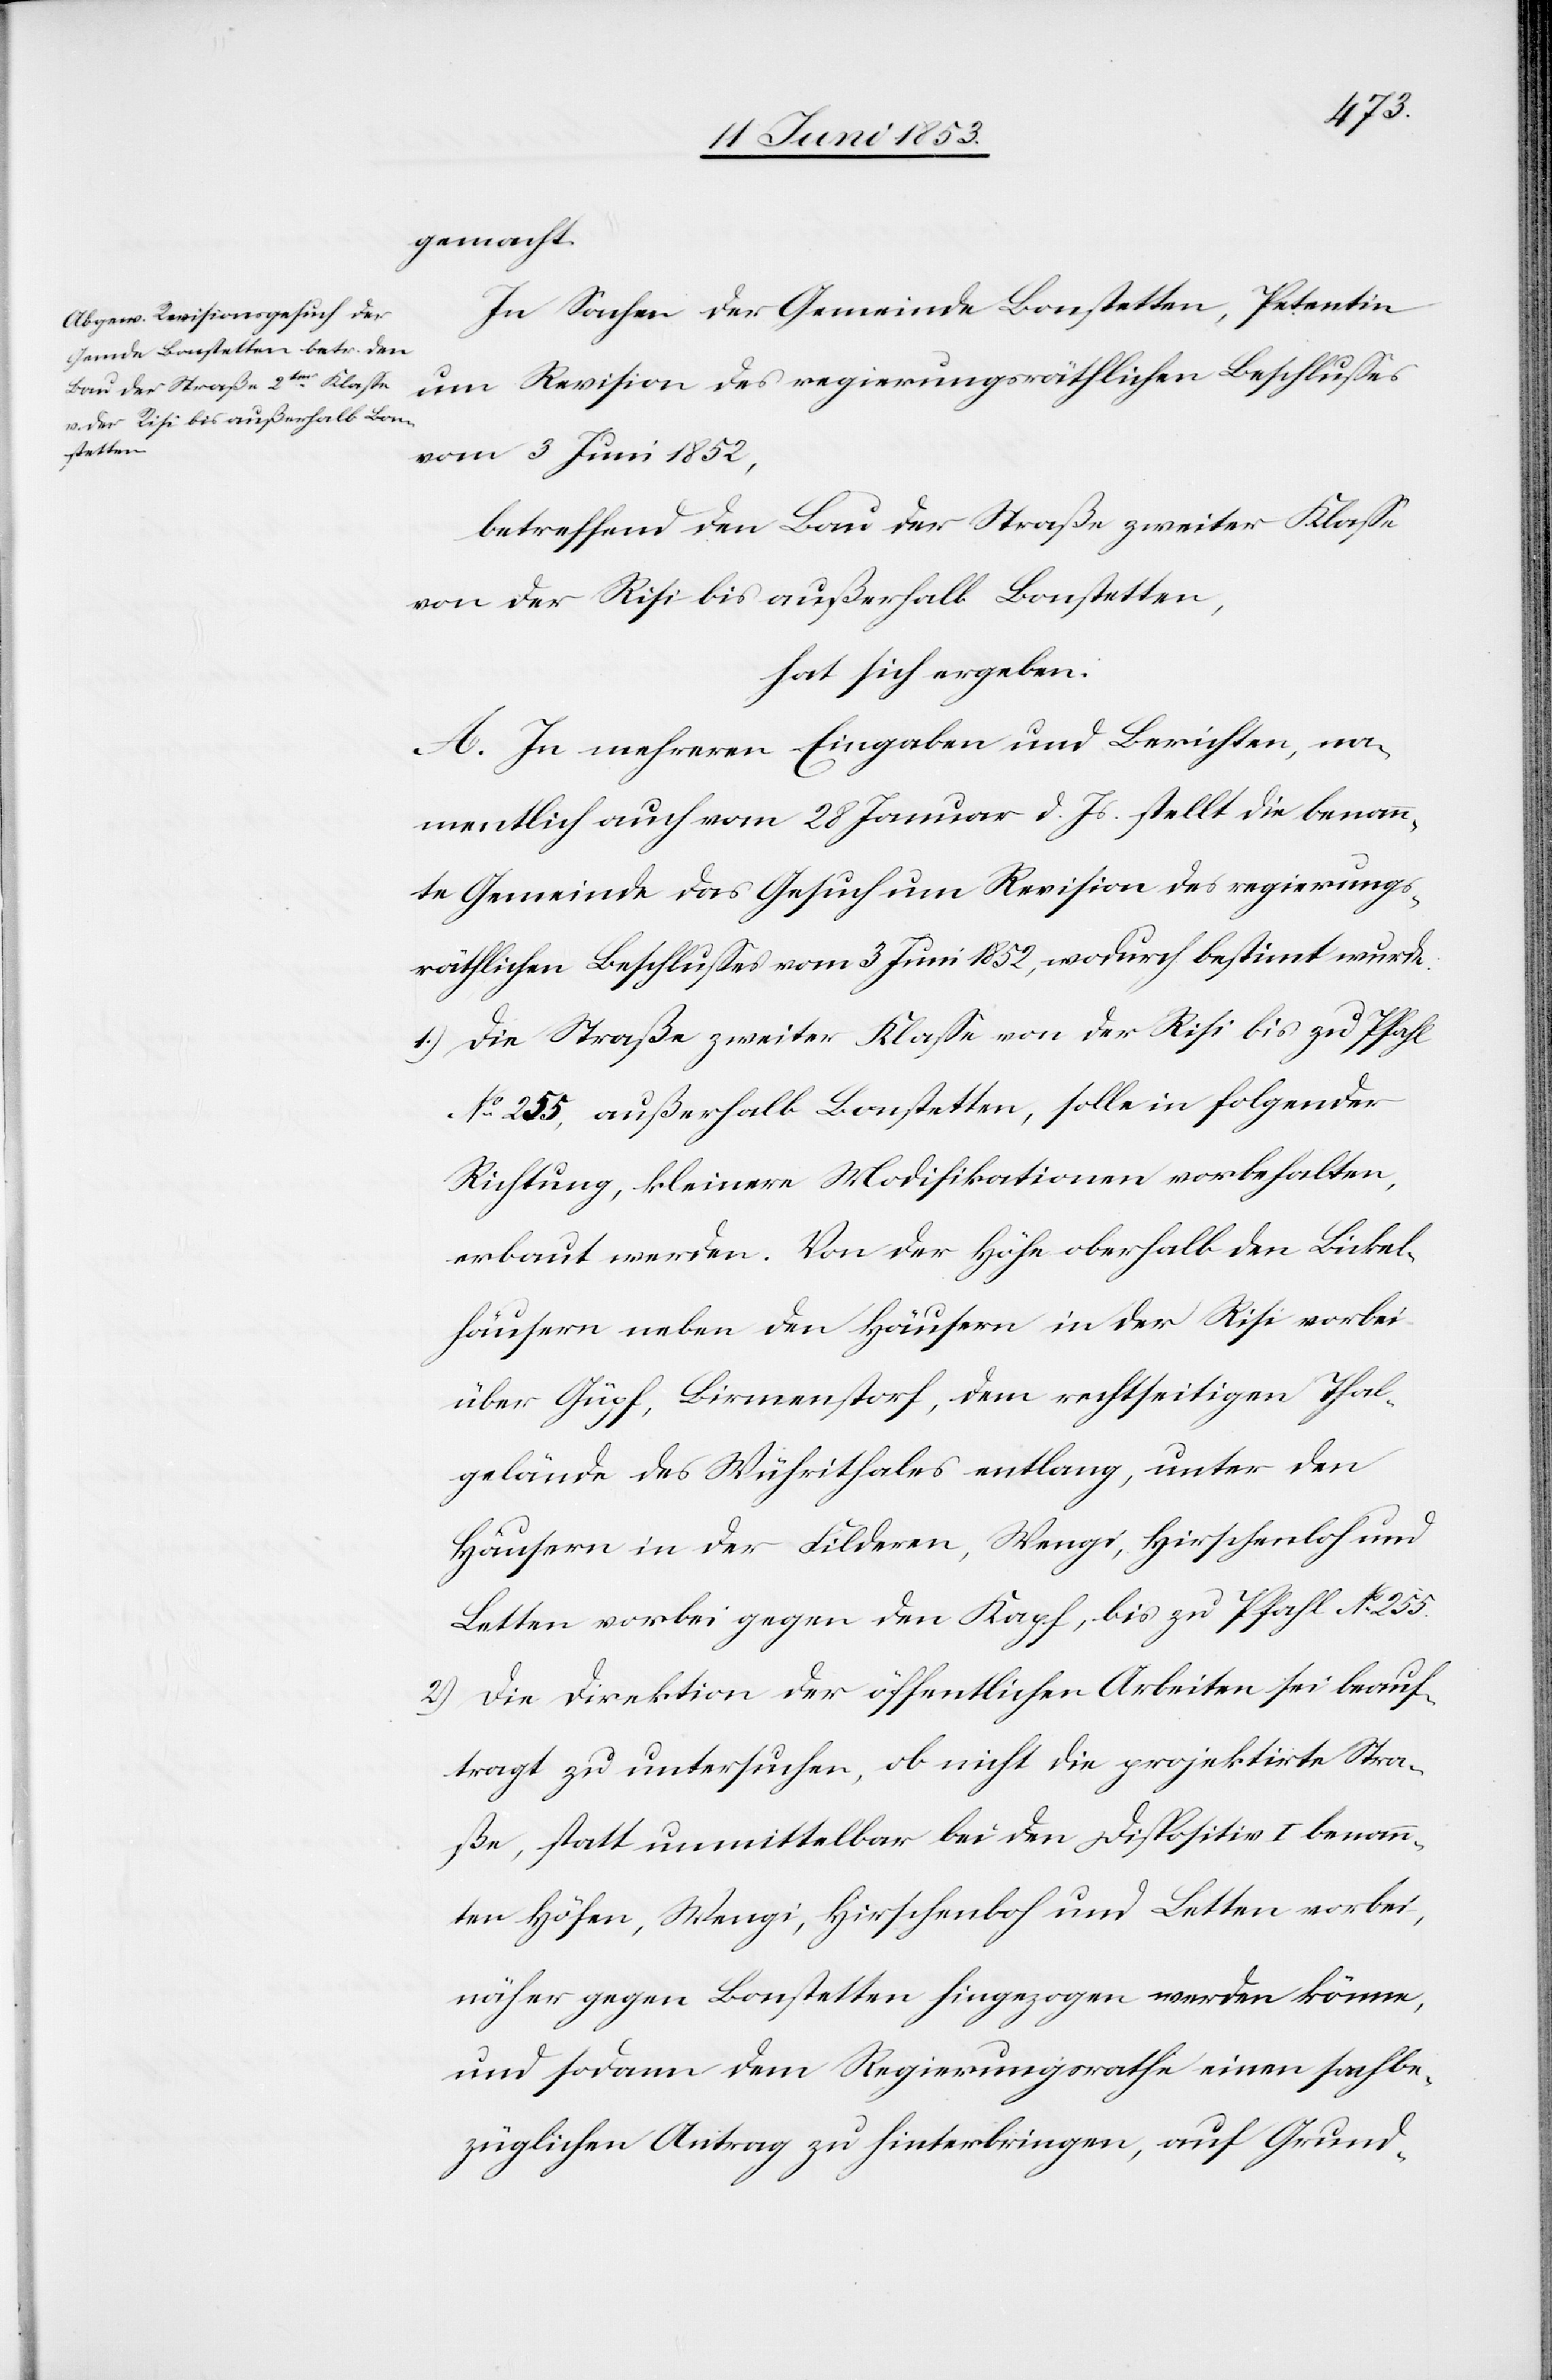
gemacht.
In Sachen der Gemeinde Bonstetten, Petentin
um Revision des regierungsräthlichen Beschlußes
vom 3 Juni 1852,
betreffend den Bau der Straße zweiter Klaße
von der Risi bis außerhalb Bonstetten,
hat sich ergeben:
A. In mehreren Eingaben und Berichten, na¬
mentlich auch vom 28 Januar d. Js. stellt die benann¬
te Gemeinde das Gesuch um Revision des regierungs¬
räthlichen Beschlußes vom 3 Juni 1852, wodurch bestimmt wurde.
1.) Die Straße zweiter Klaße von der Risi bis zu Pfahl
N°. 255, außerhalb Bonstetten, solle in folgender
Richtung, kleinere Modifikationen vorbehalten,
erbaut werden. Von der Höhe oberhalb den Bukel¬
häusern neben den Häusern in der Risi vorbei
über Güpf, Birmenstorf, dem rechtseitigen Thal¬
gebäude des Wührithales entlang, unter den
Häusern in der Filderen, Wengi, Hirschenhof und
Letten vorbei gegen den Kapf, bis zu Pfahl N°. 255.
2.) Die Direktion der öffentlichen Arbeiten sei beauf¬
tragt zu untersuchen, ob nicht die projektirte Stra¬
ße, statt unmittelbar bei den Dispositiv I benann¬
ten Höfen, Wengi, Hirschenhof und Letten vorbei,
näher gegen Bonstetten hingezogen werden könne,
und sodann dem Regierungsrathe einen sachbe¬
züglichen Antrag zu hinterbringen, auf Grund-